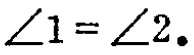
$\angle 1 = \angle 2.$